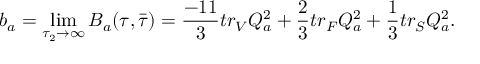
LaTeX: b _ { a } = \operatorname * { l i m } _ { \tau _ { 2 } \rightarrow \infty } { \cal B } _ { a } ( \tau , \bar { \tau } ) = \frac { - 1 1 } { 3 } t r _ { V } Q _ { a } ^ { 2 } + { \frac { 2 } { 3 } } t r _ { F } Q _ { a } ^ { 2 } + { \frac { 1 } { 3 } } t r _ { S } Q _ { a } ^ { 2 } .